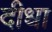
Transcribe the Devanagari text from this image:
दीधा